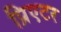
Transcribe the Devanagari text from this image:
प्रिएटर